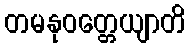
တမနုဝတ္တေယျာတိ